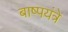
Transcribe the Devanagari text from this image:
बाष्पयंत्रे